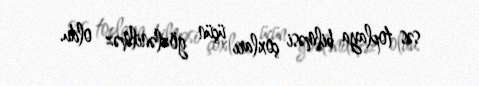
səs toplaya bilməsi çoxları üçün gözlənilməz oldu.